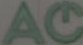
AC